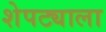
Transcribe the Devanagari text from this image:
शेपट्याला